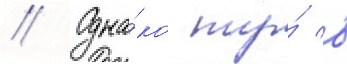
// Одна́ко ту́ в